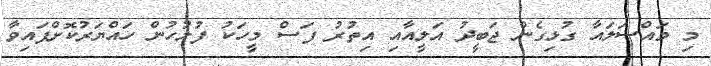
މި މައްސަލައާ ގުޅިގެން ޖަބީދު އަލީއާއި އިތުރު ފަސް މީހަކު ފުލުހުން ހައްޔަރުކޮށްފައިވާ